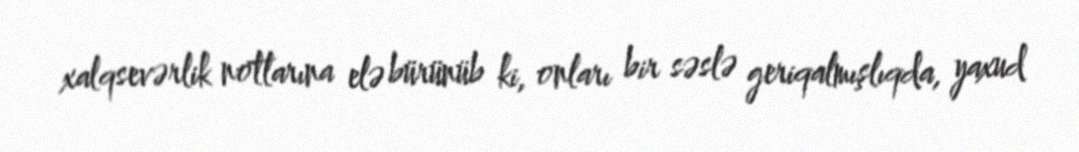
xalqsevərlik notlarına elə bürünüb ki, onları bir səslə geriqalmışlıqda, yaxud